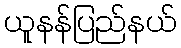
ယူနန်ပြည်နယ်